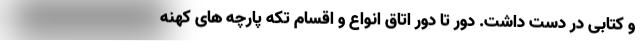
و کتابی در دست داشت. دور تا دور اتاق انواع و اقسام تکه پارچه های کهنه